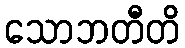
သောဘတီတိ